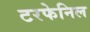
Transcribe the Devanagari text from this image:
टरफेनिल